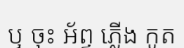
ឬ ចុះ អ័ព្ទ ភ្លើង កូត